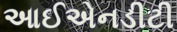
આઈએનડીટી